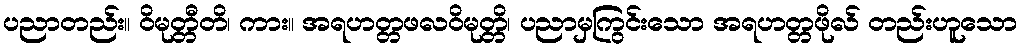
ပညာတည်း။ ဝိမုတ္တီတိ၊ ကား။ အရဟတ္တဖလဝိမုတ္တိ၊ ပညာမှကြွင်းသော အရဟတ္တဖိုလ် တည်းဟူသော